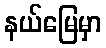
နယ်မြေမှာ